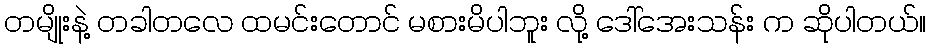
တမျိုးနဲ့ တခါတလေ ထမင်းတောင် မစားမိပါဘူး လို့ ဒေါ်အေးသန်း က ဆိုပါတယ်။